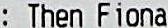
: THEN FIONA